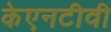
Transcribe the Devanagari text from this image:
केएनटीवी